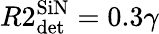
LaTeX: R2_{\textrm{det}}^{\textrm{SiN}}=0.3\gamma